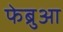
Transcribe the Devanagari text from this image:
फेब्रुआ